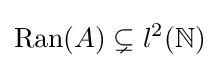
\mathrm {Ran} (A)\subsetneq l^{2}(\mathbb {N} )